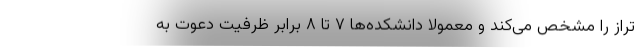
تراز را مشخص می‌کند و معمولا دانشکده‌ها ۷ تا ۸ برابر ظرفیت دعوت به